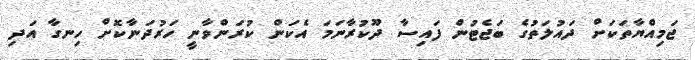
ޖަމިއްޔާތަކަށް ދައުލަތުގެ ބަޖެޓުން ފައިސާ ދޫކުރާނަމަ އެކަން ކުރަންވާނީ ހަރުދަނާކޮށް ހިނގާ އަދި